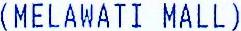
(MELAWATI MALL)